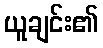
ယူချင်း၏